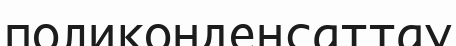
поликонденсаттау